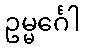
ဥမ္မင်္ဂေါ